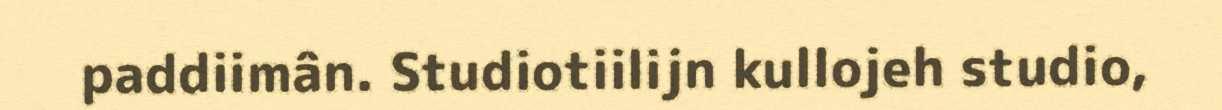
paddiimân. Studiotiilijn kullojeh studio,